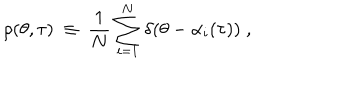
LaTeX: \rho ( \theta , \tau ) ~ \equiv ~ \frac { 1 } { N } \sum _ { i = 1 } ^ { N } \delta ( \theta - \alpha _ { i } ( \tau ) ) \; ,